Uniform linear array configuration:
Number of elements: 8
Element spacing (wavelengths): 0.75
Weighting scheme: uniform
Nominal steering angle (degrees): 45
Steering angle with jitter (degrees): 46.893
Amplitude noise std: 0.05
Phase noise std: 0.05

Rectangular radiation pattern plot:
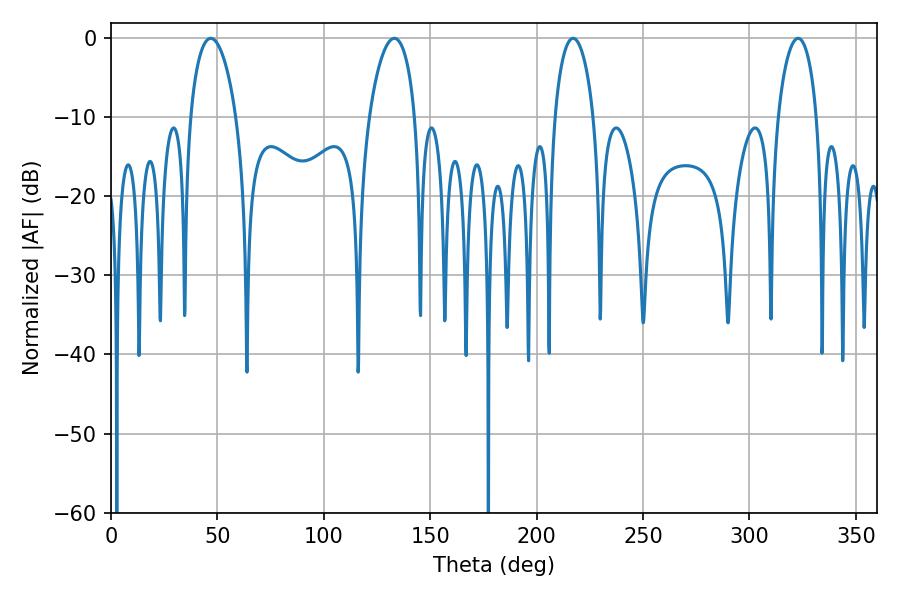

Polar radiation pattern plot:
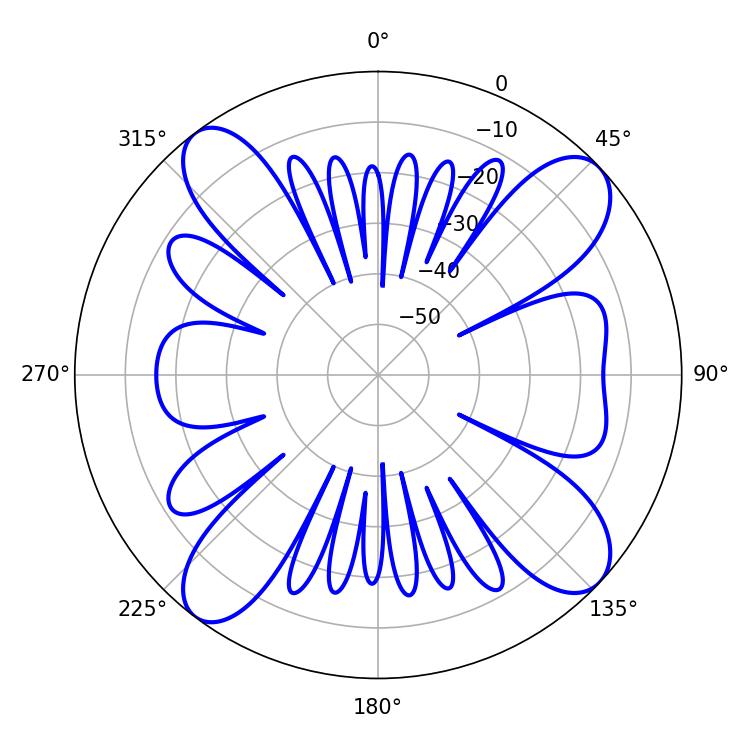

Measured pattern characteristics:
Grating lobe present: TRUE
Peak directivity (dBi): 12.997
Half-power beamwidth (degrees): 10.44
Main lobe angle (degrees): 217.08